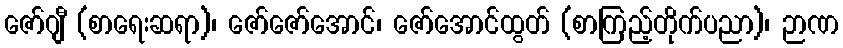
ဇော်ဂျီ (စာရေးဆရာ)၊ ဇော်ဇော်အောင်၊ ဇော်အောင်ထွတ် (စာကြည့်တိုက်ပညာ)၊ ဉာဏ